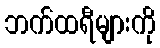
ဘက်ထရီများကို